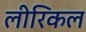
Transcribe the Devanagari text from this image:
लीरिकल